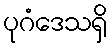
ပုဂံဒေသရှိ